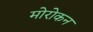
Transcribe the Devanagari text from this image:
मोरोकन